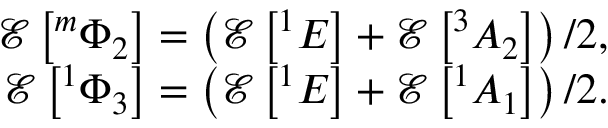
\begin{array} { r } { \mathcal { E } \left[ { } ^ { m } \Phi _ { 2 } \right] = \left( \mathcal { E } \left[ { } ^ { 1 } E \right] + \mathcal { E } \left[ { } ^ { 3 } A _ { 2 } \right] \right) / 2 , } \\ { \mathcal { E } \left[ { } ^ { 1 } \Phi _ { 3 } \right] = \left( \mathcal { E } \left[ { } ^ { 1 } E \right] + \mathcal { E } \left[ { } ^ { 1 } A _ { 1 } \right] \right) / 2 . } \end{array}